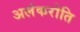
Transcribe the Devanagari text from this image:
अलंकरोति